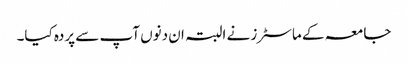
جامعہ کے ماسٹرز نے البتہ ان دنوں آپ سے پردہ کیا۔